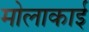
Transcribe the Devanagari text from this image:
मोलाकाई